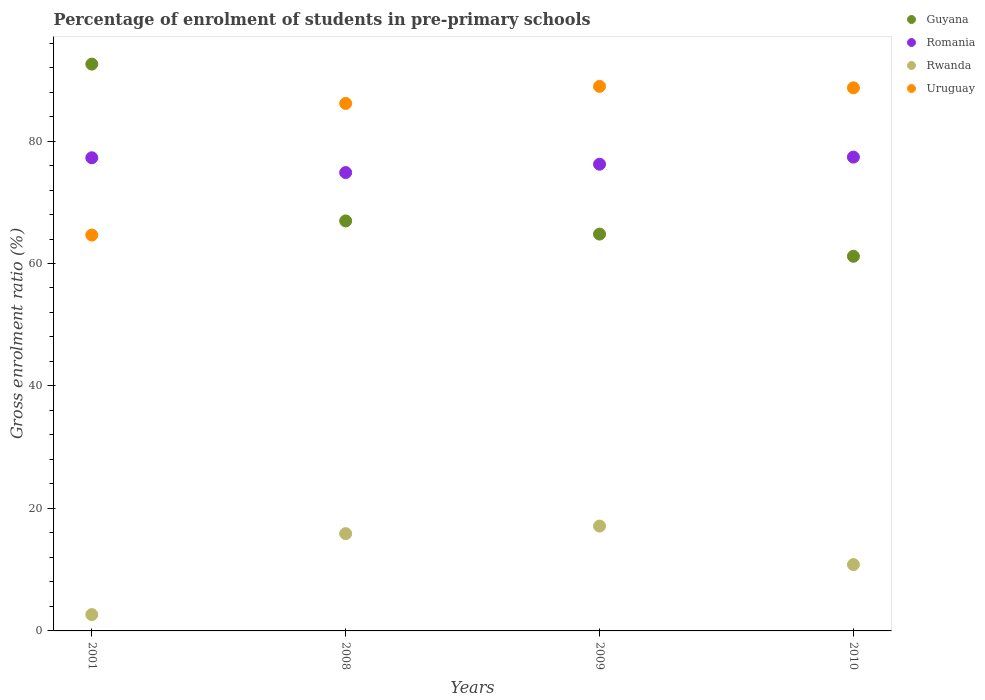
| Years | Guyana | Romania | Rwanda | Uruguay |
 | --- | --- | --- | --- | --- |
 | 2001 | 92.6 | 77.3 | 2.67 | 64.6 |
 | 2008 | 67 | 74.9 | 15.9 | 86.1 |
 | 2009 | 64.8 | 76.2 | 17.1 | 88.9 |
 | 2010 | 61.2 | 77.4 | 10.8 | 88.7 |